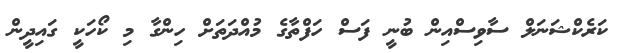
ކަރެކްޝަނަލް ސާވިސްއިން ބުނީ ފަސް ހަފްތާގެ މުއްދަތަށް ހިންގާ މި ކޯހަކީ ގައިދީން